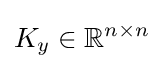
K_{y}\in \mathbb {R} ^{n\times n}